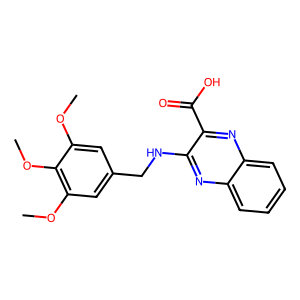
SMILES: COc1cc(CNc2nc3ccccc3nc2C(=O)O)cc(OC)c1OC
Inhibits HIV replication: No